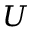
U